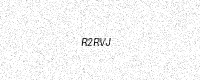
Text: R2RVJ